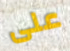
على